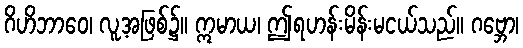
ဂိဟိဘာဝေ၊ လူ့အဖြစ်၌။ ဣမာယ၊ ဤရဟန်းမိန်းမငယ်သည်။ ဂဗ္ဘော၊